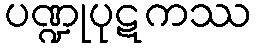
ပဏ္ဍုပုဋကဿ